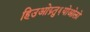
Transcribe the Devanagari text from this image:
हिउओय्र्तु६योओलो